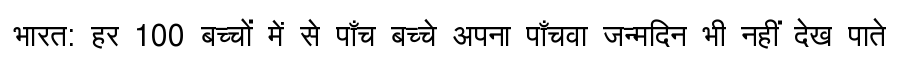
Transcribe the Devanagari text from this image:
भारत: हर 100 बच्चों में से पाँच बच्चे अपना पाँचवा जन्मदिन भी नहीं देख पाते